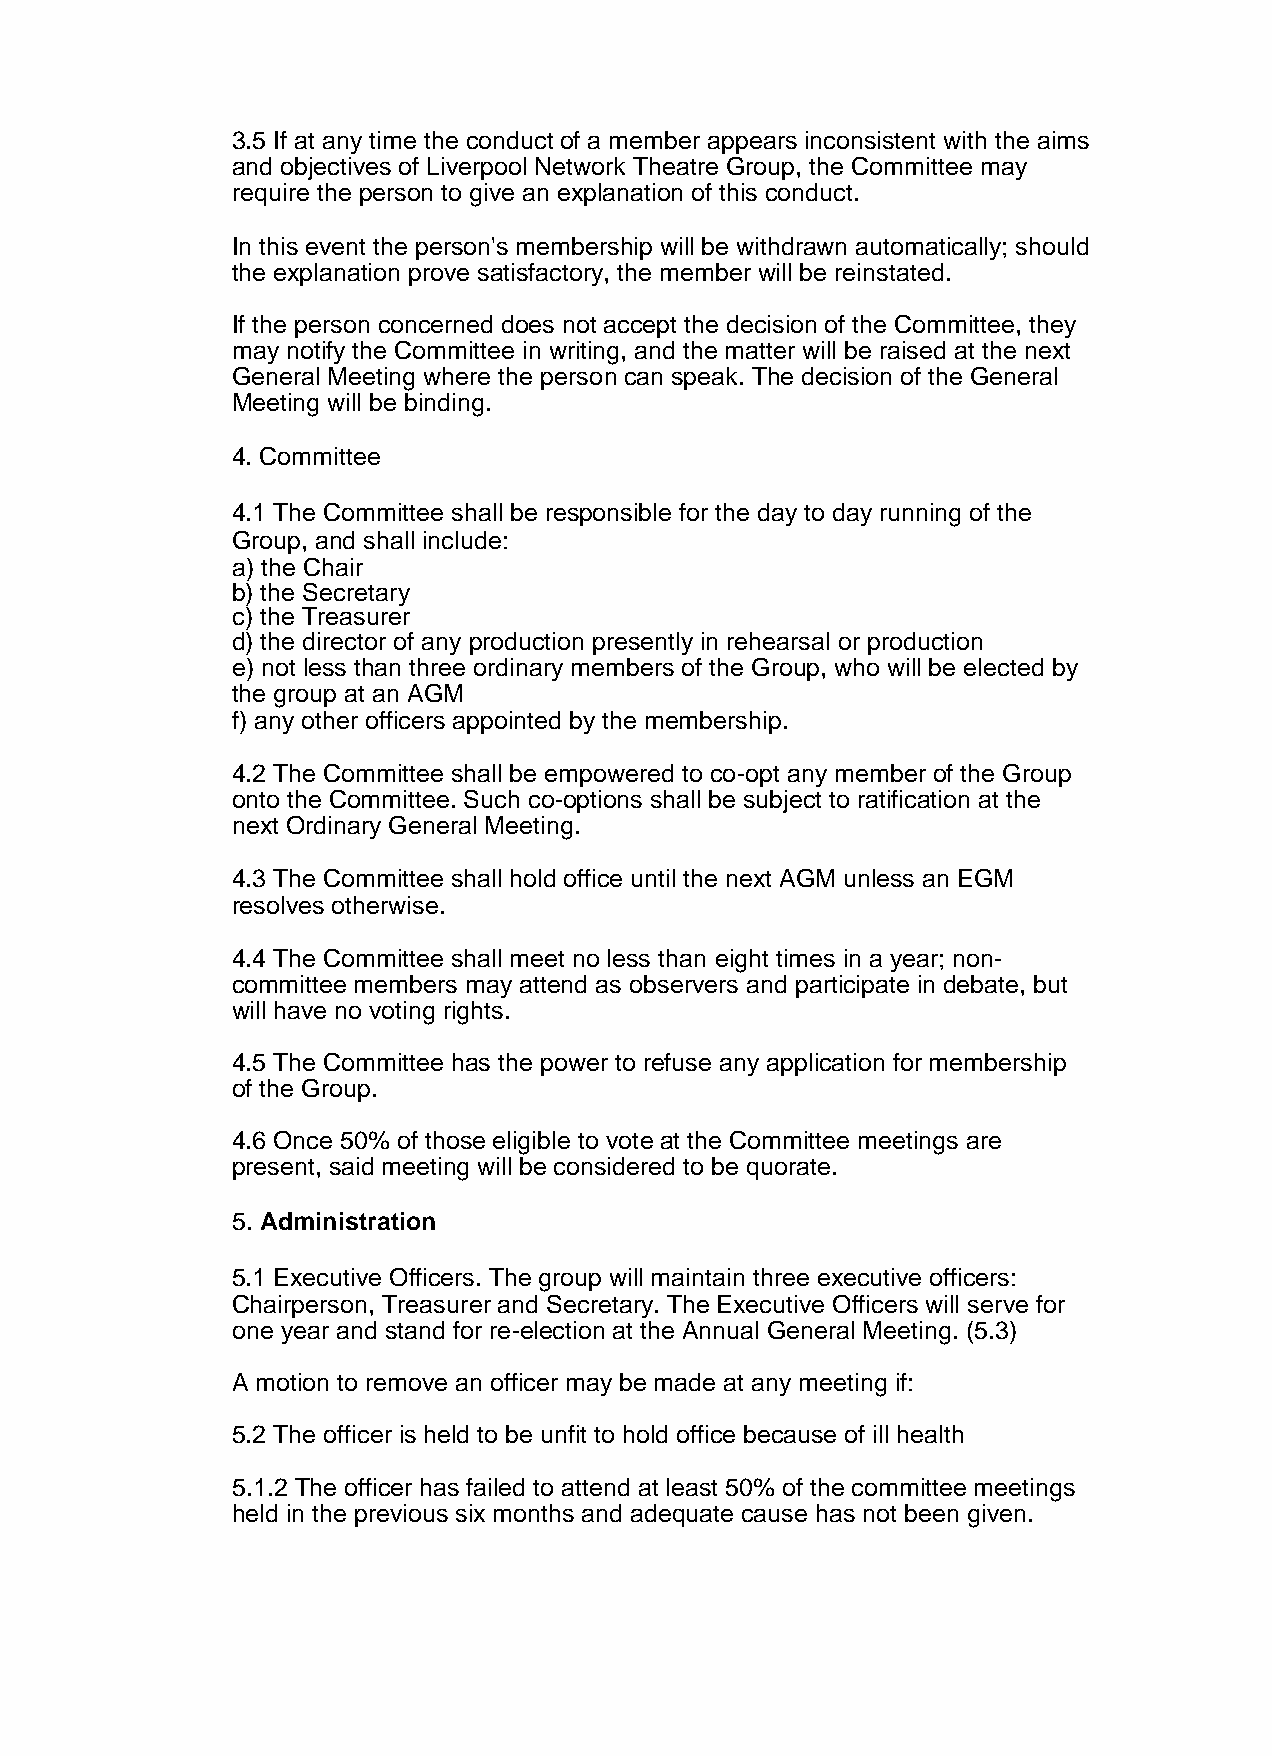
3.5 If at any time the conduct of a member appears inconsistent with the aims
 and objectives of Liverpool Network Theatre Group, the Committee may
 require the person to give an explanation of this conduct.
 In this event the person's membership will be withdrawn automatically; should
 the explanation prove satisfactory, the member will be reinstated.
 If the person concerned does not accept the decision of the Committee, they
 may notify the Committee in writing, and the matter will be raised at the next
 General Meeting where the person can speak. The decision of the General
 Meeting will be binding.
 4. Committee
 4.1 The Committee shall be responsible for the day to day running of the
 Group, and shall include:
 a) the Chair
 b) the Secretary
 c) the Treasurer
 d) the director of any production presently in rehearsal or production
 e) not less than three ordinary members of the Group, who will be elected by
 the group at an AGM
 f) any other officers appointed by the membership.
 4.2 The Committee shall be empowered to co-opt any member of the Group
 onto the Committee. Such co-options shall be subject to ratification at the
 next Ordinary General Meeting.
 4.3 The Committee shall hold office until the next AGM unless an EGM
 resolves otherwise.
 4.4 The Committee shall meet no less than eight times in a year; non-
 committee members may attend as observers and participate in debate, but
 will have no voting rights.
 4.5 The Committee has the power to refuse any application for membership
 of the Group.
 4.6 Once 50% of those eligible to vote at the Committee meetings are
 present, said meeting will be considered to be quorate.
 5. Administration
 5.1 Executive Officers. The group will maintain three executive officers:
 Chairperson, Treasurer and Secretary. The Executive Officers will serve for
 one year and stand for re-election at the Annual General Meeting. (5.3)
 A motion to remove an officer may be made at any meeting if:
 5.2 The officer is held to be unfit to hold office because of ill health
 5.1.2 The officer has failed to attend at least 50% of the committee meetings
 held in the previous six months and adequate cause has not been given.